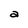
Character: a